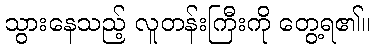
သွားနေသည့် လူတန်းကြီးကို တွေ့ရ၏။